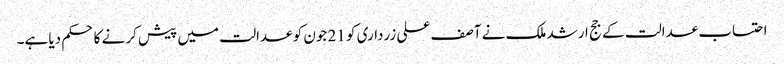
احتساب عدالت کے جج ارشد ملک نے آصف علی زرداری کو 21 جون کو عدالت میں پیش کرنے کا حکم دیا ہے۔